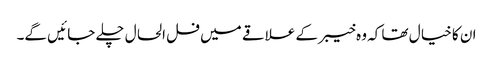
ان کا خیا ل تھا کہ وہ خیبر کے علاقے میں فل الحا ل چلے جا ئیں گے۔